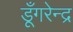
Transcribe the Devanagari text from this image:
डूँगरेन्द्र